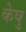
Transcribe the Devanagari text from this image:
केषु